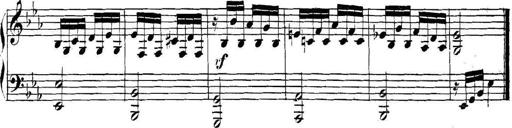
Title: Collected Piano Sonatas
Composer: Muzio Clementi